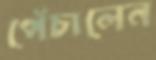
পেঁচালেন